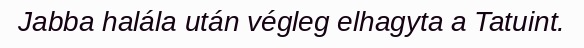
Jabba halála után végleg elhagyta a Tatuint.